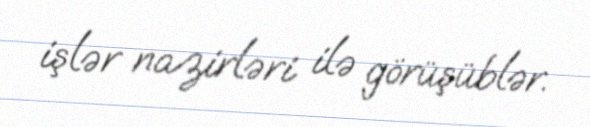
işlər nazirləri ilə görüşüblər.